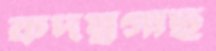
কদম্বগাছ